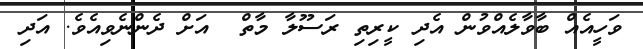
ވަހީއެއް ބާވާލެއްވުން އެދި ކީރިތި ރަސޫލާ މާތް  އަށް ދެންނެވިއެވެ. އަދި